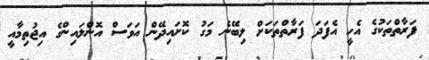
ފަރާތްތަކުގެ އެހީ އެފަދަ ފަރާތްތަކަށް ލިބޭނެ މަގު ކޮށައިދޭން އަވަސް އޮންލައިންގެ އިޖުތިމާއީ